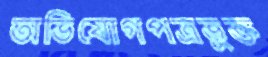
অভিযোগপত্রভুক্ত